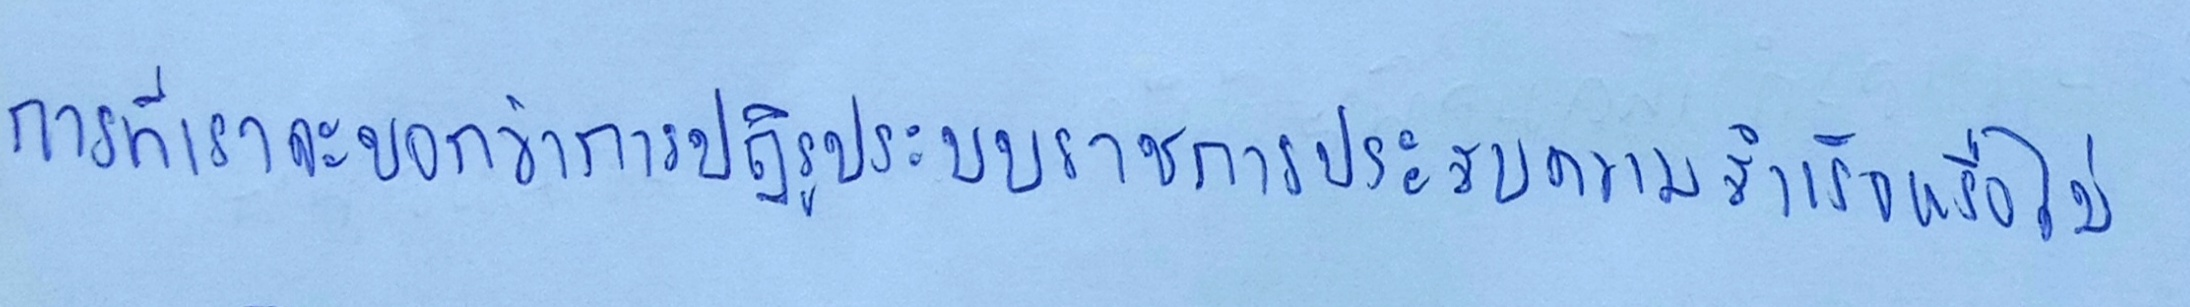
การที่เราจะบอกว่าการปฎิรูประบบราชการประสบความสำเร็จหรือไม่